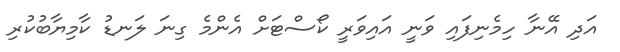
އަދި އޭނާ ހިމެނިފައި ވަނީ އައިވަރީ ކޯސްޓަށް އެންމެ ގިނަ ލަނޑު ކާމިޔާބުކުރި